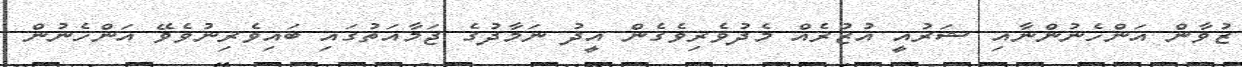
ޒުވާން އަންހެނުންނާއި ޝަރުއީ އުޒުރެއް މެދުވެރިވެގެން އީދު ނަމާދުގެ ޖަމާއަތުގައި ބައިވެރިނުވެވޭ އަންހެނުން